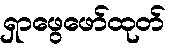
ရှာဖွေဖော်ထုတ်